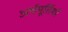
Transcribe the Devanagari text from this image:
अर्धमूर्तियाँ